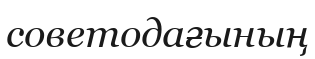
советодағының